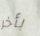
بأخر